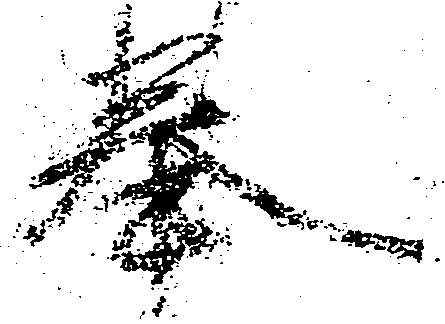
奉